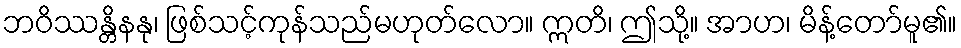
ဘဝိဿန္တိနနု၊ ဖြစ်သင့်ကုန်သည်မဟုတ်လော။ ဣတိ၊ ဤသို့။ အာဟ၊ မိန့်တော်မူ၏။